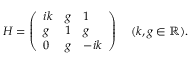
H = \left( \begin{array} { l l l } { i k } & { g } & { 1 } \\ { g } & { 1 } & { g } \\ { 0 } & { g } & { - i k } \end{array} \right) \quad ( k , g \in \mathbb { R } ) .